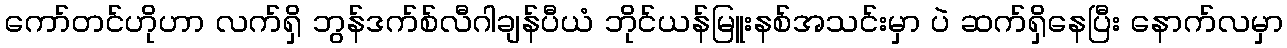
ကော်တင်ဟိုဟာ လက်ရှိ ဘွန်ဒက်စ်လီဂါချန်ပီယံ ဘိုင်ယန်မြူးနစ်အသင်းမှာ ပဲ ဆက်ရှိနေပြီး နောက်လမှာ